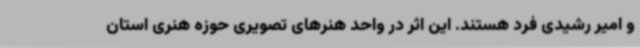
و امیر رشیدی فرد هستند. این اثر در واحد هنرهای تصویری حوزه هنری استان